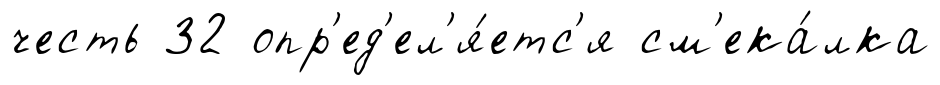
честь 32 опр'ед'ел'я́етс'я см'ека́лка